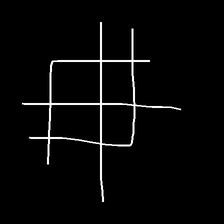
Glyph: crystal